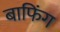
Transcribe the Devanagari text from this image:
बाफिंग